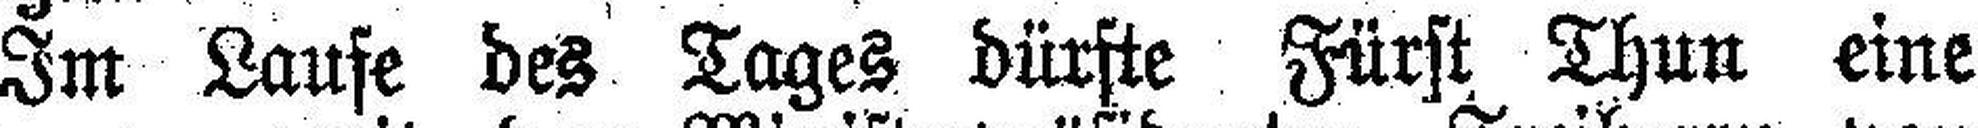
Im Laufe des Tages dürste Fürst Thun eine